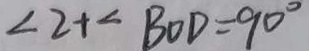
\angle 2 + \angle B O D = 9 0 ^ { \circ }